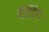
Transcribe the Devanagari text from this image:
रीडिंग